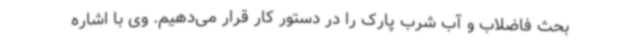
بحث فاضلاب و آب شرب پارک را در دستور کار قرار می‌دهیم. وی با اشاره